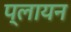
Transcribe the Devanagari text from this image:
प्लायन